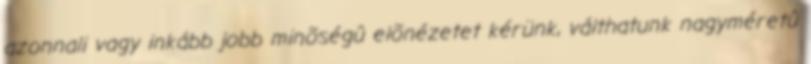
azonnali vagy inkább jobb minõségû elõnézetet kérünk, válthatunk nagyméretû